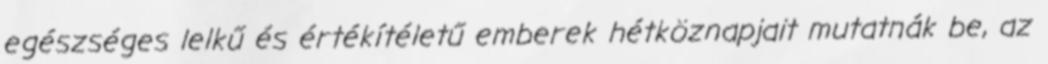
egészséges lelkű és értékítéletű emberek hétköznapjait mutatnák be, az